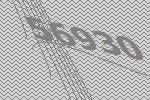
56930